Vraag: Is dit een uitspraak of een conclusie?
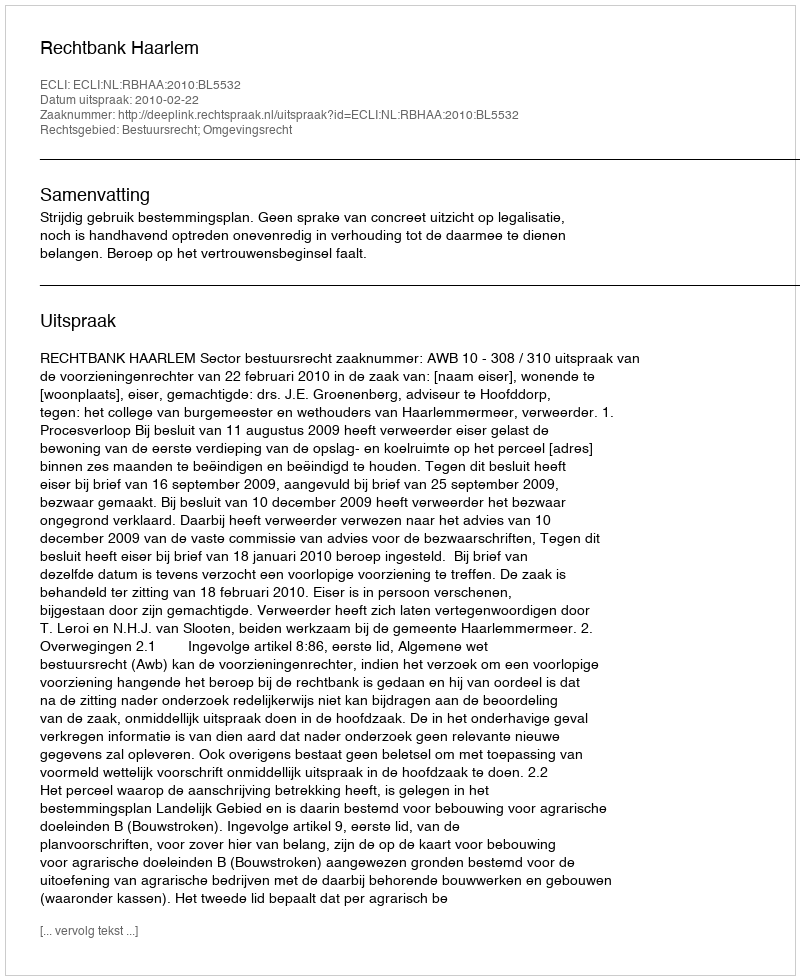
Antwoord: Uitspraak